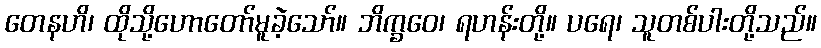
တေနဟိ၊ ထိုသို့ဟောတော်မူခဲ့သော်။ ဘိက္ခဝေ၊ ရဟန်းတို့။ ပရေ၊ သူတစ်ပါးတို့သည်။